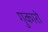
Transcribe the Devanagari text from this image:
गुकारो